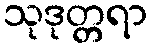
သုဒုတ္တရာ